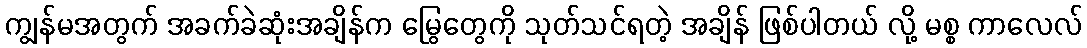
ကျွန်မအတွက် အခက်ခဲဆုံးအချိန်က မြွေတွေကို သုတ်သင်ရတဲ့ အချိန် ဖြစ်ပါတယ် လို့ မစ္စ ကာလေလ်